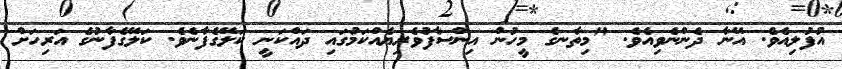
އުފުލިއެވެ. އޭނާ ދެންނެވިއެވެ. "މިތާނގެ މީހުން އިންސާފުވެރިޔެއްކަމުގައި ދައްކަނީ ކަލޭގެފާނެވެ. ކަލޭގެފާނުގެ އަރިހަށް